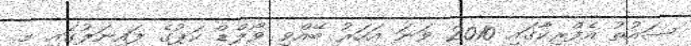
ސައުތު އެފްރިކާގައި 2010 ވަނަ އަހަރު ބޭއްވި ވޯލްޑް ކަޕުގެ ފައިނަލުގައި މި